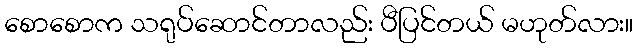
စောစောက သရုပ်ဆောင်တာလည်း ပီပြင်တယ် မဟုတ်လား။